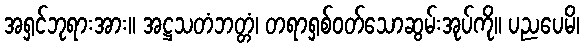
အရှင်ဘုရားအား။ အဋ္ဌသတံဘတ္တံ၊ တရာရှစ်ဝတ်သောဆွမ်းအုပ်ကို။ ပညပေမိ၊